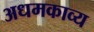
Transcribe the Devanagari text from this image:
अधमकाव्य